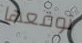
توقعها